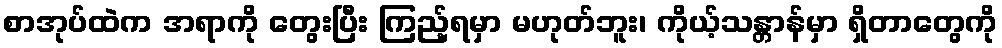
စာအုပ်ထဲက အရာကို တွေးပြီး ကြည့်ရမှာ မဟုတ်ဘူး၊ ကိုယ့်သန္တာန်မှာ ရှိတာတွေကို